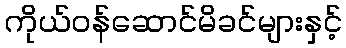
ကိုယ်ဝန်ဆောင်မိခင်များနှင့်